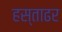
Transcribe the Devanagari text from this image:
हस्ताढर